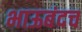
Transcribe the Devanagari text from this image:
भाऊबंदच